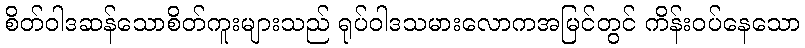
စိတ်ဝါဒဆန်သောစိတ်ကူးများသည် ရုပ်ဝါဒသမားလောကအမြင်တွင် ကိန်းဝပ်နေသော